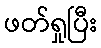
ဖတ်ရှုပြီး